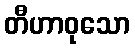
တီဟာဝုသော